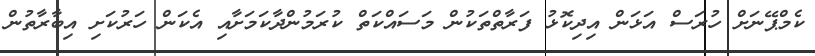
ކެމްޕޭނަށް ހުރަސް އަޅަން އިދިކޮޅު ފަރާތްތަކުން މަސައްކަތް ކުރަމުންދާކަމަށާއި އެކަން ހަރުކަށި އިބާރާތުން